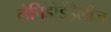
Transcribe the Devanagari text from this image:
लेपिडोडेंड्रैलीज